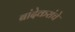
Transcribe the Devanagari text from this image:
बांदेकरांचे